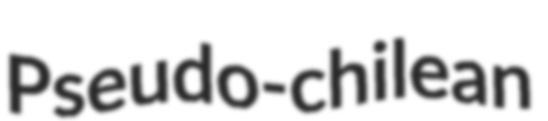
Pseudo-chilean